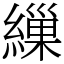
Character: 繅